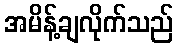
အမိန့်ချလိုက်သည်